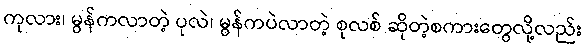
ကုလား၊ မွန်ကလာတဲ့ ပုလဲ၊ မွန်ကပဲလာတဲ့ စုလစ် ဆိုတဲ့စကားတွေလို့လည်း